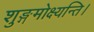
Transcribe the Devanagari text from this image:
शुङ्गमोक्ष्यन्ति।